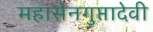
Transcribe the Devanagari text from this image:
महासेनगुप्तादेवी